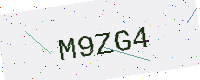
Text: M9ZG4